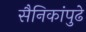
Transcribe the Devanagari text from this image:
सैनिकांपुढे